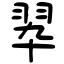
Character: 翆